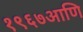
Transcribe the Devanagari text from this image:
१९६७आणि